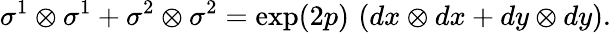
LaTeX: \sigma^{1}\otimes\sigma^{1}+\sigma^{2}\otimes\sigma^{2}=\exp(2p)\, \left(dx\otimes dx+dy\otimes dy\right).